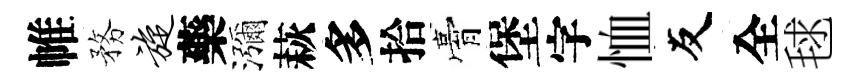
帷務旋藥瀰萩多拾膏堡字恤友全毬